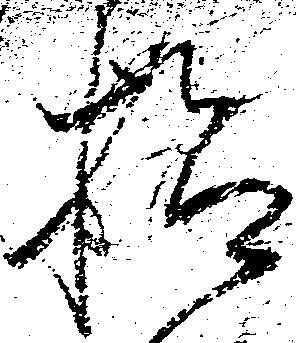
検